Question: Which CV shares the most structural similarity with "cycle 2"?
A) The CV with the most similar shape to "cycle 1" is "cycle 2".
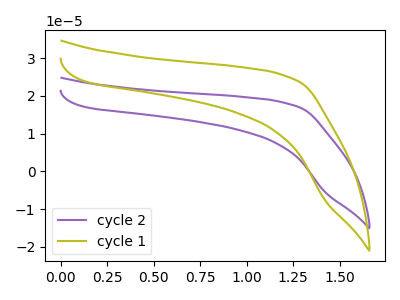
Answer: <think>The purple curve "cycle 2" has no peaks. The olive curve "cycle 1" has no peaks.
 Neither "cycle 2" or "cycle 1" have any peaks.</think>
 <answer>A) The CV with the most similar shape to "cycle 1" is "cycle 2".</answer>
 <eval>A</eval>